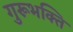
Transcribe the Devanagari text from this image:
गुरूभक्ति